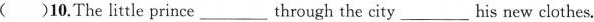
()10.The little prince ___ through the city ___ his new clothes.